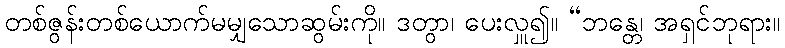
တစ်ဇွန်းတစ်ယောက်မမျှသောဆွမ်းကို။ ဒတွာ၊ ပေးလှူ၍။ “ဘန္တေ၊ အရှင်ဘုရား။